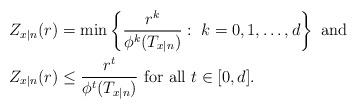
LaTeX: \begin{align*} Z_{x|n}(r)&=\min\left\{\frac{r^k}{\phi^k(T_{x|n})}:\; k=0,1,\ldots, d\right\} \mbox{ and } \\ Z_{x|n}(r)&\leq \frac{r^t}{\phi^t(T_{x|n})}\mbox{ for all }t\in [0,d]. \end{align*}